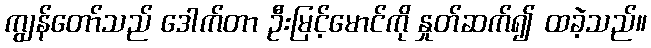
ကျွန်တော်သည် ဒေါက်တာ ဦးမြင့်မောင်ကို နှုတ်ဆက်၍ ထခဲ့သည်။